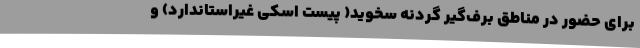
برای حضور در مناطق برف‌گیر گردنه سخوید( پیست اسکی غیراستاندارد) و